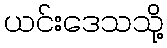
ယင်းဒေသသို့